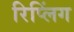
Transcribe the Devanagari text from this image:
रिप्लिंग